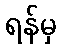
ရန်မှ